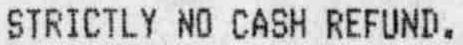
STRICTLY NO CASH REFUND.